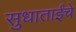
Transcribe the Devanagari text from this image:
सुधाताईंचे